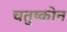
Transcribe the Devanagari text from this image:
चतुष्कोन